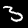
Label: 3